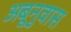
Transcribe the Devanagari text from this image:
अबूनुवास